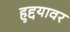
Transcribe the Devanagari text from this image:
हुद्दयावर